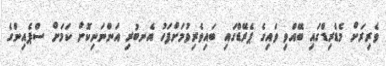
ވެރިރަށް މެޑްރިޑްގައި ބޭއްވި ވައިގެ ޕެރޭޑްގައި ބައިވެރިވުމަށްފަހު އެނބުރި އަންނަނިކޮށް ކަމަށް ސްޕެއިންގެ